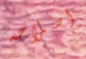
إصلاحه